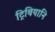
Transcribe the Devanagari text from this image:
ट्रिबियानि